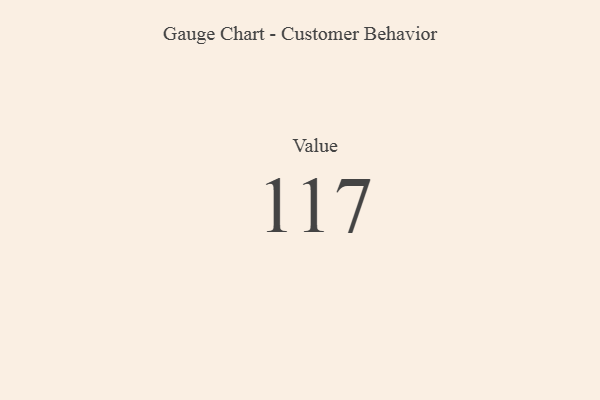
{"axis": {"x": "Metric", "y": "Value"}, "legend": [""], "data": [{"x": "Value", "y": 117, "type": ""}]}